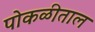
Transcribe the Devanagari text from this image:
पोकळीताल